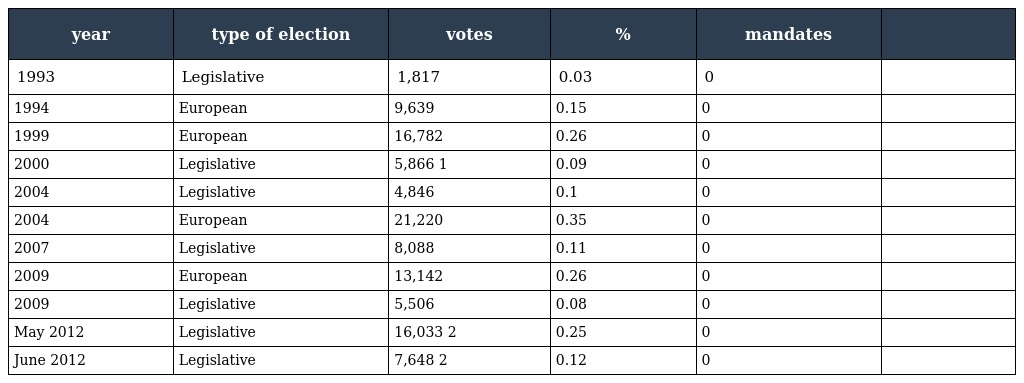
| year | type of election | votes | % | mandates |  |
 | --- | --- | --- | --- | --- | --- |
 | 1993 | Legislative | 1,817 | 0.03 | 0 |  |
 | 1994 | European | 9,639 | 0.15 | 0 |  |
 | 1999 | European | 16,782 | 0.26 | 0 |  |
 | 2000 | Legislative | 5,866 1 | 0.09 | 0 |  |
 | 2004 | Legislative | 4,846 | 0.1 | 0 |  |
 | 2004 | European | 21,220 | 0.35 | 0 |  |
 | 2007 | Legislative | 8,088 | 0.11 | 0 |  |
 | 2009 | European | 13,142 | 0.26 | 0 |  |
 | 2009 | Legislative | 5,506 | 0.08 | 0 |  |
 | May 2012 | Legislative | 16,033 2 | 0.25 | 0 |  |
 | June 2012 | Legislative | 7,648 2 | 0.12 | 0 |  |